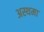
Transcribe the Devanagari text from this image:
अस्‍थमा